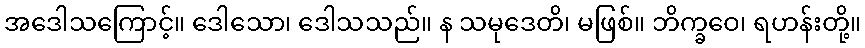
အဒေါသကြောင့်။ ဒေါသော၊ ဒေါသသည်။ န သမုဒေတိ၊ မဖြစ်။ ဘိက္ခဝေ၊ ရဟန်းတို့။